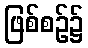
ဖြစ်စဉ်၌